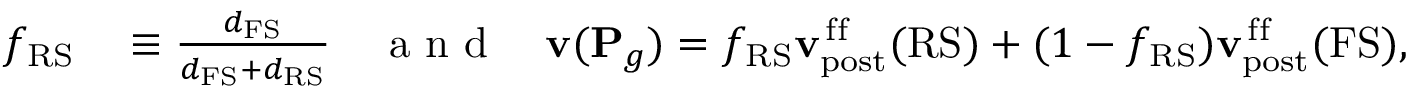
\begin{array} { r l } { f _ { \mathrm { R S } } } & { { } \equiv \frac { d _ { \mathrm { F S } } } { d _ { \mathrm { F S } } + d _ { \mathrm { R S } } } \quad \mathrm { ~ a ~ n ~ d ~ } \quad { \mathbf { v } } ( { \mathbf { P } } _ { g } ) = f _ { \mathrm { R S } } { \mathbf { v } } _ { \mathrm { p o s t } } ^ { \mathrm { \, f f } } ( \mathrm { R S } ) + ( 1 - f _ { \mathrm { R S } } ) { \mathbf { v } } _ { \mathrm { p o s t } } ^ { \mathrm { \, f f } } ( \mathrm { F S } ) , } \end{array}